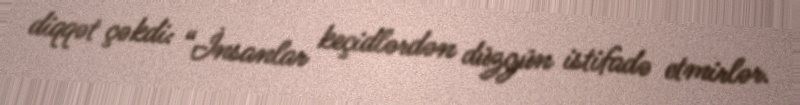
diqqət çəkdi: “İnsanlar keçidlərdən düzgün istifadə etmirlər.